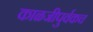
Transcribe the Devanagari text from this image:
काळजीपुर्वकच